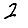
Digit: 2